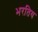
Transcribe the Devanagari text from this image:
भरतिय